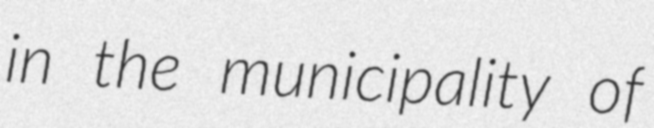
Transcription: in the municipality of